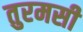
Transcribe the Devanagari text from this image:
तुरमसी